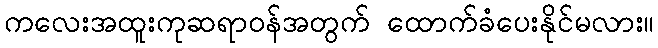
ကလေးအထူးကုဆရာဝန်အတွက် ထောက်ခံပေးနိုင်မလား။